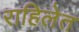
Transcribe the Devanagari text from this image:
राहिलेत